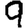
Digit: 9